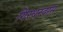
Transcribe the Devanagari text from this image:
गिरधरदास